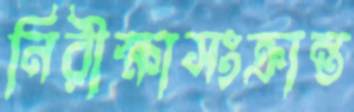
নিরীক্ষাসংক্রান্ত